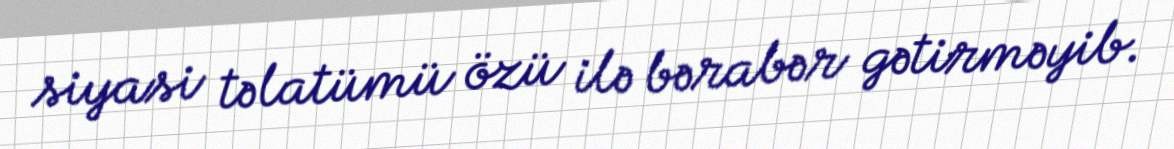
siyasi təlatümü özü ilə bərabər gətirməyib.